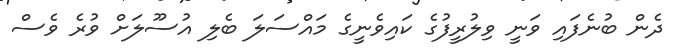
ދެން ބުނެފައި ވަނީ ވިލުރީފުގެ ކައިވެނީގެ މައްސަލަ ބެލި އުސޫލަށް ވުރެ ވެސް